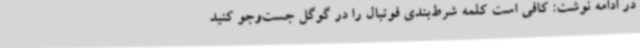
در ادامه نوشت: کافی است کلمه شرط‌بندی فوتبال را در گوگل جست‌وجو کنید